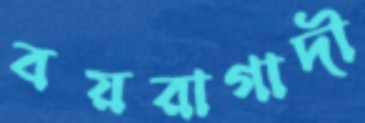
বয়রাগাদী